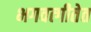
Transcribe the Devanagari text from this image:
भगवत्गीतेत